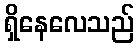
ရှိနေလေသည်